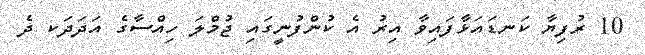
10 ރުފިޔާ ކަނޑައަޅާފައިވާ އިރު އެ ކުންފުނީގައި ޖުމްލަ ހިއްސާގެ އަދަދަކ ދެ